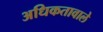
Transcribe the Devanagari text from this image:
अधिकतावाले